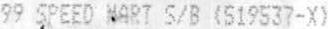
99 SPEED MART S/B (519537-X)